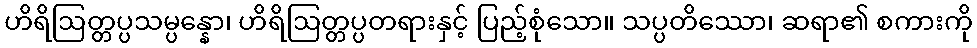
ဟိရိဩတ္တပ္ပသမ္ပန္နော၊ ဟိရိဩတ္တပ္ပတရားနှင့် ပြည့်စုံသော။ သပ္ပတိဿော၊ ဆရာ၏ စကားကို